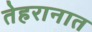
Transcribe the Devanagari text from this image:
तेहरानात